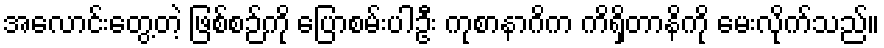
အလောင်းတွေ့တဲ့ ဖြစ်စဉ်ကို ပြောစမ်းပါဦး ကုစာနာဂိက ကိရှိတာနိကို မေးလိုက်သည်။